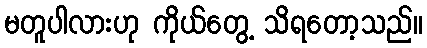
မတူပါလားဟု ကိုယ်တွေ့ သိရတော့သည်။